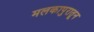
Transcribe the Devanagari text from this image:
मलकापुरातून